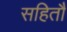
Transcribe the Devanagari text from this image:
सहितौ